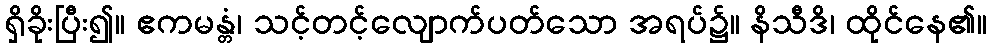
ရှိခိုးပြီး၍။ ဧကမန္တံ၊ သင့်တင့်လျောက်ပတ်သော အရပ်၌။ နိသီဒိ၊ ထိုင်နေ၏။